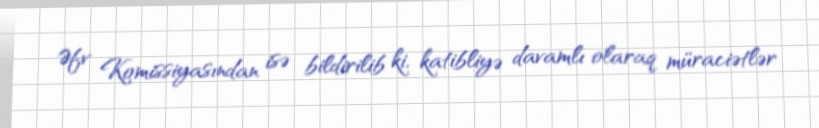
Əfv Komissiyasından isə bildirilib ki, katibliyə davamlı olaraq müraciətlər